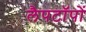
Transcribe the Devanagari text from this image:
लैपटॉपों